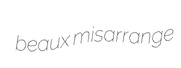
beaux misarrange